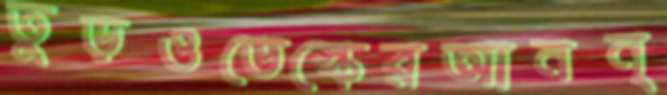
তুড়ওডেস্কেরআনন্